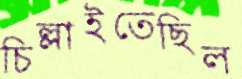
চিল্লাইতেছিল